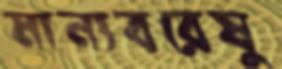
মান্যবরেষু